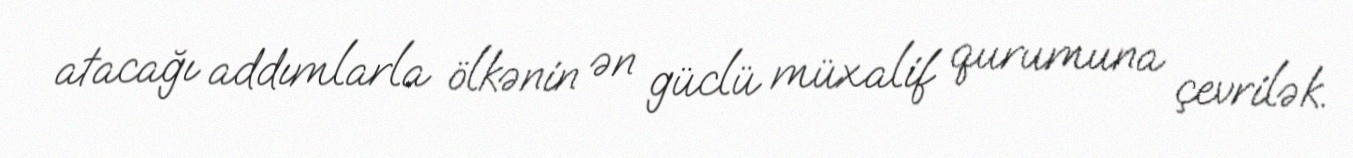
atacağı addımlarla ölkənin ən güclü müxalif qurumuna çevrilək.